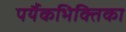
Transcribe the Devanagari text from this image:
पर्यैकभिक्तिका